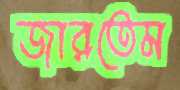
জারতেম